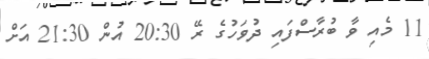
11 މެއި ވާ ބުރާސްފައި ދުވަހުގެ ރޭ 20:30 އުން 21:30 އަށް